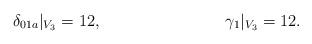
LaTeX: \begin{align*}\delta_{01a} |_{V_3} &= 12, & \gamma_1 |_{V_3} &= 12.\end{align*}